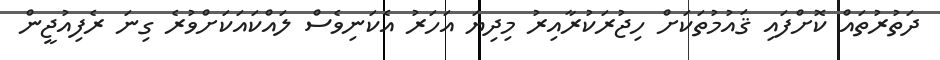
ދަތުރުތައް ކޮށްފައި ޤައުމުތަކަށް ހިޖުރަކުރާއިރު މިދިޔަ އަހަރު އެކަނިވެސް ލައްކައަކަށްވުރެ ގިނަ ރެފިއުޖީން